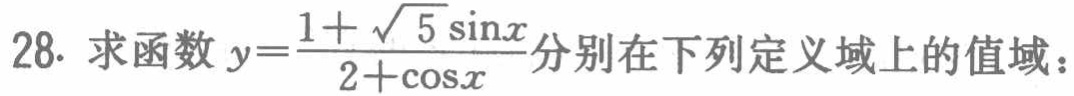
28. 求函数 \(y = \frac{1+\sqrt{5}\sin x}{2 + \cos x}\) 分别在下列定义域上的值域：